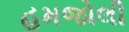
હમજોલી